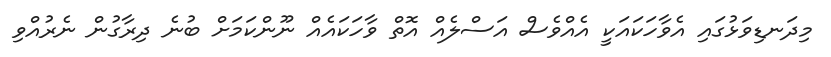
މިދަނޑިވަޅުގައި އެވާހަކައަކީ އެއްވެސް އަސްލެއް އޮތް ވާހަކައެއް ނޫންކަމަށް ބުނެ ދިރާގުން ނެރުއްވި